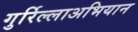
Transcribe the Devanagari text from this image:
गुर्रिल्लाअभियान